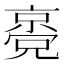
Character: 𠆃